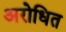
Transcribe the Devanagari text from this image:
अरोधित